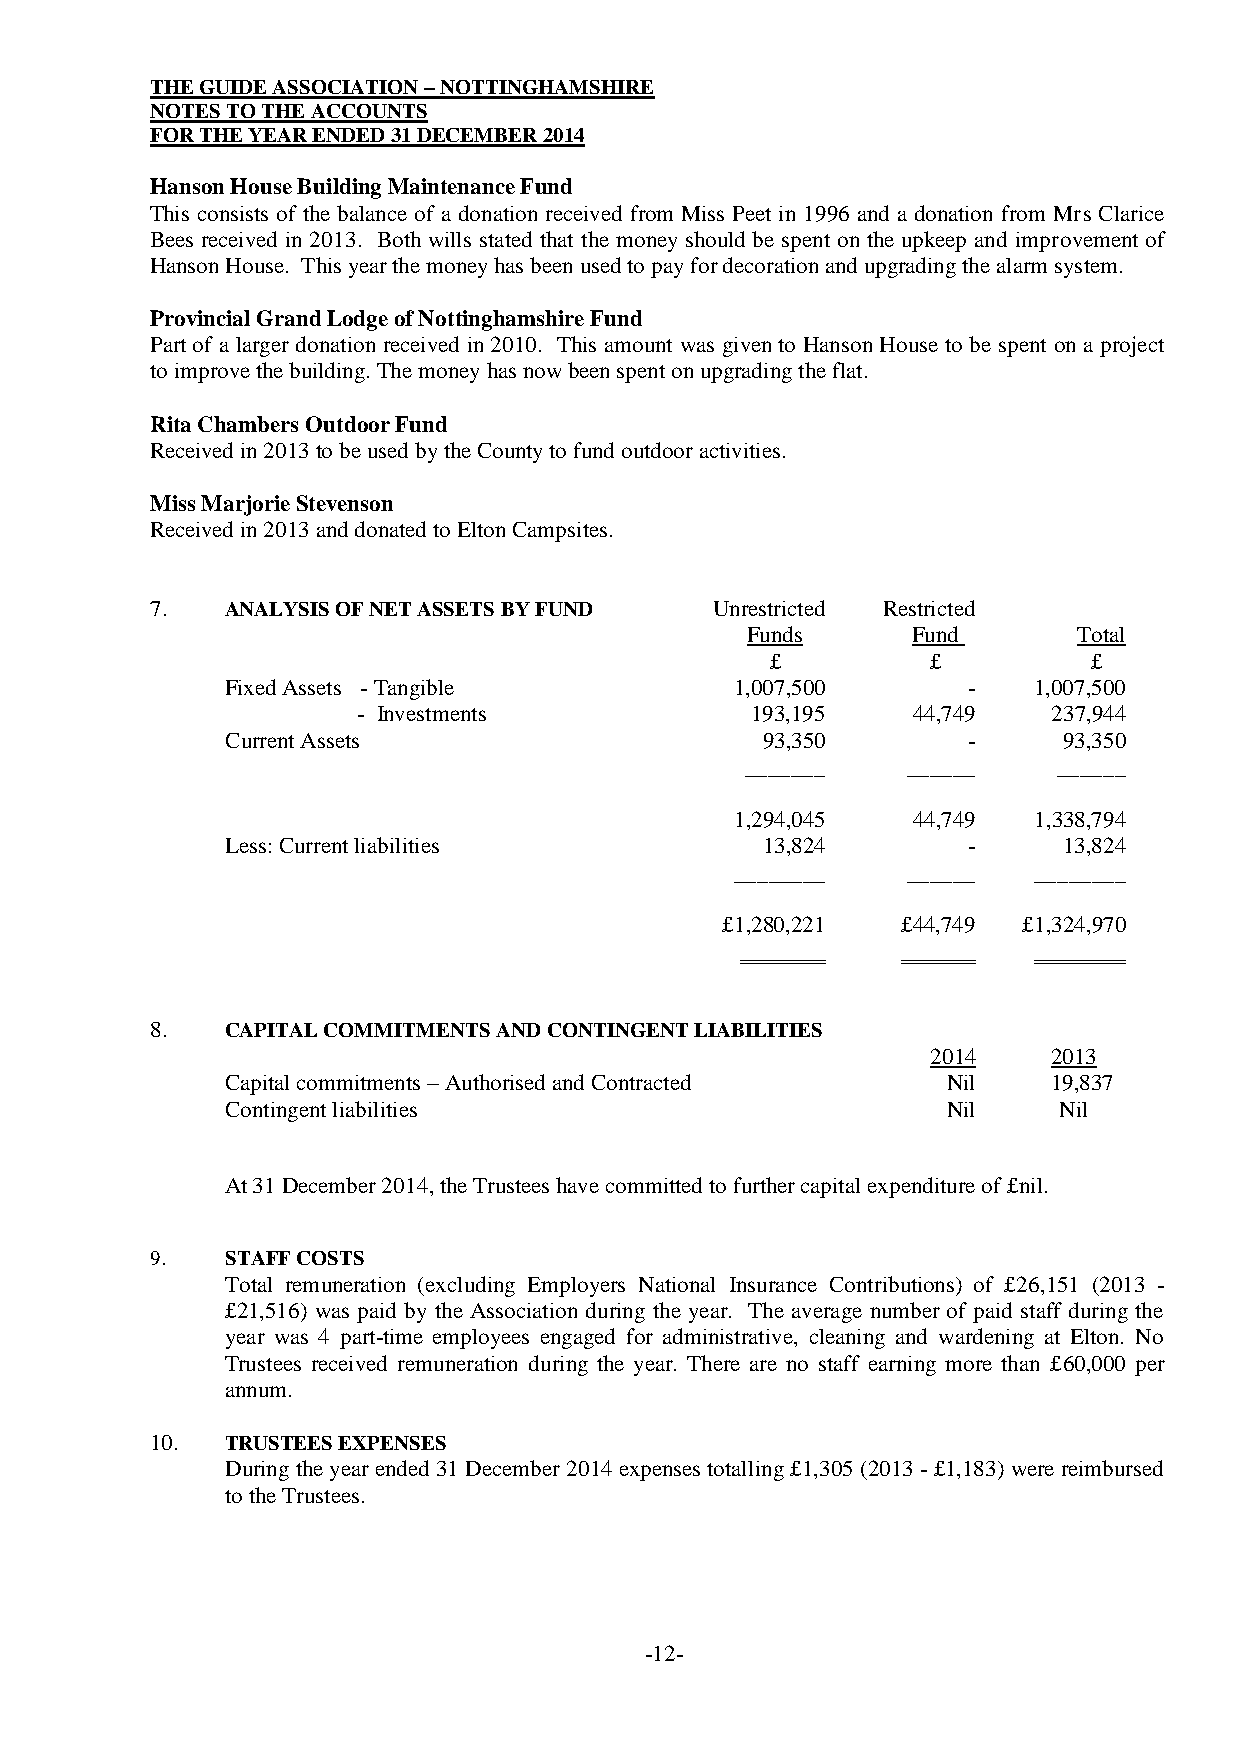
THE GUIDE ASSOCIATION – NOTTINGHAMSHIRE
 NOTES TO THE ACCOUNTS
 FOR THE YEAR ENDED 31 DECEMBER 2014
 Hanson House Building Maintenance Fund
 This consists of the balance of a donation received from Miss Peet in 1996 and a donation from Mrs Clarice
 Bees received in 2013. Both wills stated that the money should be spent on the upkeep and improvement of
 Hanson House. This year the money has been used to pay for decoration and upgrading the alarm system.
 Provincial Grand Lodge of Nottinghamshire Fund
 Part of a larger donation received in 2010. This amount was given to Hanson House to be spent on a project
 to improve the building. The money has now been spent on upgrading the flat.
 Rita Chambers Outdoor Fund
 Received in 2013 to be used by the County to fund outdoor activities.
 Miss Marjorie Stevenson
 Received in 2013 and donated to Elton Campsites.
 7.   ANALYSIS OF NET ASSETS BY FUND  Unrestricted Restricted
 Funds      Fund       Total
 £          £         £
 Fixed Assets - Tangible           1,007,500      -   1,007,500
 - Investments             193,195   44,749    237,944
 Current Assets                     93,350        -     93,350
 _______    ______    ______
 1,294,045  44,749  1,338,794
 Less: Current liabilities          13,824        -     13,824
 ________   ______  ________
 £1,280,221  £44,749 £1,324,970
 8.   CAPITAL COMMITMENTS AND CONTINGENT LIABILITIES
 2014    2013
 Capital commitments – Authorised and Contracted Nil    19,837
 Contingent liabilities                          Nil    Nil
 At 31 December 2014, the Trustees have committed to further capital expenditure of £nil.
 9.   STAFF COSTS
 Total remuneration (excluding Employers National Insurance Contributions) of £26,151 (2013 -
 £21,516) was paid by the Association during the year. The average number of paid staff during the
 year was 4 part-time employees engaged for administrative, cleaning and wardening at Elton. No
 Trustees received remuneration during the year. There are no staff earning more than £60,000 per
 annum.
 10.  TRUSTEES EXPENSES
 During the year ended 31 December 2014 expenses totalling £1,305 (2013 - £1,183) were reimbursed
 to the Trustees.
 -12-